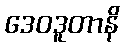
ဒေဝဒူတာနိ